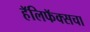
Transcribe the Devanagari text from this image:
हॅलिफॅक्सचा